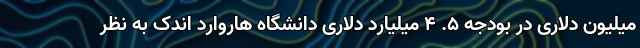
میلیون دلاری در بودجه ۵. ۴ میلیارد دلاری دانشگاه هاروارد اندک به نظر